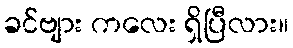
ခင်ဗျား ကလေး ရှိပြီလား။